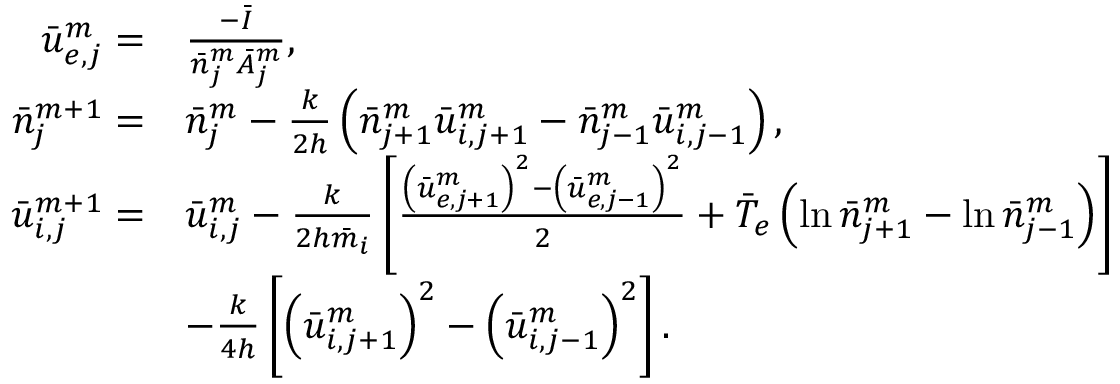
\begin{array} { r l } { \bar { u } _ { e , j } ^ { m } = } & { \frac { - \bar { I } } { \bar { n } _ { j } ^ { m } \bar { A } _ { j } ^ { m } } , } \\ { \bar { n } _ { j } ^ { m + 1 } = } & { \bar { n } _ { j } ^ { m } - \frac { k } { 2 h } \left( \bar { n } _ { j + 1 } ^ { m } \bar { u } _ { i , j + 1 } ^ { m } - \bar { n } _ { j - 1 } ^ { m } \bar { u } _ { i , j - 1 } ^ { m } \right) , } \\ { \bar { u } _ { i , j } ^ { m + 1 } = } & { \bar { u } _ { i , j } ^ { m } - \frac { k } { 2 h \bar { m } _ { i } } \left[ \frac { \left( \bar { u } _ { e , j + 1 } ^ { m } \right) ^ { 2 } - \left( \bar { u } _ { e , j - 1 } ^ { m } \right) ^ { 2 } } { 2 } + \bar { T } _ { e } \left( \ln \bar { n } _ { j + 1 } ^ { m } - \ln \bar { n } _ { j - 1 } ^ { m } \right) \right] } \\ & { - \frac { k } { 4 h } \left[ \left( \bar { u } _ { i , j + 1 } ^ { m } \right) ^ { 2 } - \left( \bar { u } _ { i , j - 1 } ^ { m } \right) ^ { 2 } \right] . } \end{array}